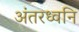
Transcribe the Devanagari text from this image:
अंतरध्वनि